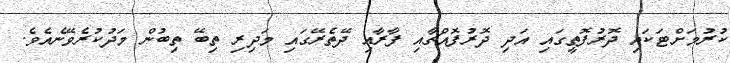
ކުރުމަށްޓަކައި ދޮރުފޮތީގައި އަދި ދޮރުފޮއްޗާއި ފާރާއި ދޭތެރޭގައި މަދިރި ތިބޭ ތިބުން މަދުކުރެވޭނެއެވެ.